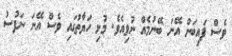
ވެސް ފައިބަން އޭނަ ބޭނުމެއް ނުވިއެވެ. މުޅި ހަޔާތުގައި ވެސް އޭނަ ނަފުސު